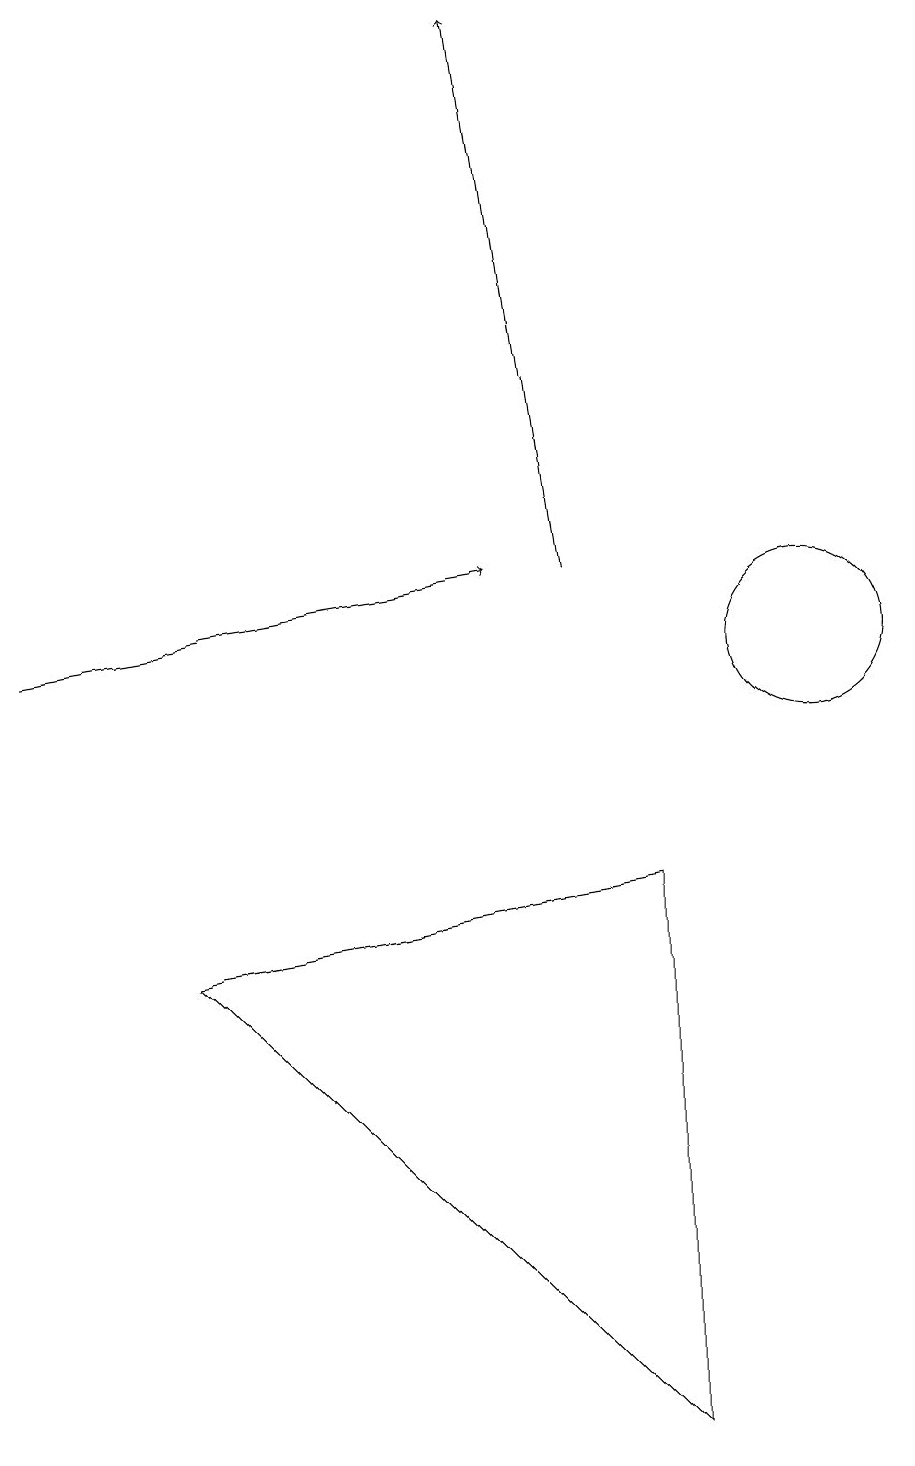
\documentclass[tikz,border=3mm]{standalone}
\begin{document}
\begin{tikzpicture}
\draw[->] (1,11) -- (7,12);
\draw (11,11) circle (1);
\draw[->] (8,12) -- (7,19);
\draw (9,1) -- (3,7) -- (9,8) -- cycle;
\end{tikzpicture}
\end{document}